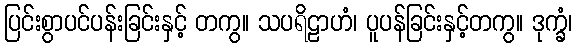
ပြင်းစွာပင်ပန်းခြင်းနှင့် တကွ။ သပရိဠာဟံ၊ ပူပန်ခြင်းနှင့်တကွ။ ဒုက္ခံ၊